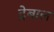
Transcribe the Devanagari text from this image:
ट्रेबाल